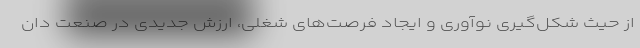
از حیث شکل‌گیری نوآوری و ایجاد فرصت‌های شغلی، ارزش جدیدی در صنعت دان